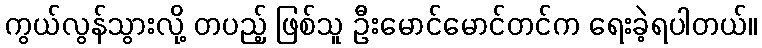
ကွယ်လွန်သွားလို့ တပည့် ဖြစ်သူ ဦးမောင်မောင်တင်က ရေးခဲ့ရပါတယ်။